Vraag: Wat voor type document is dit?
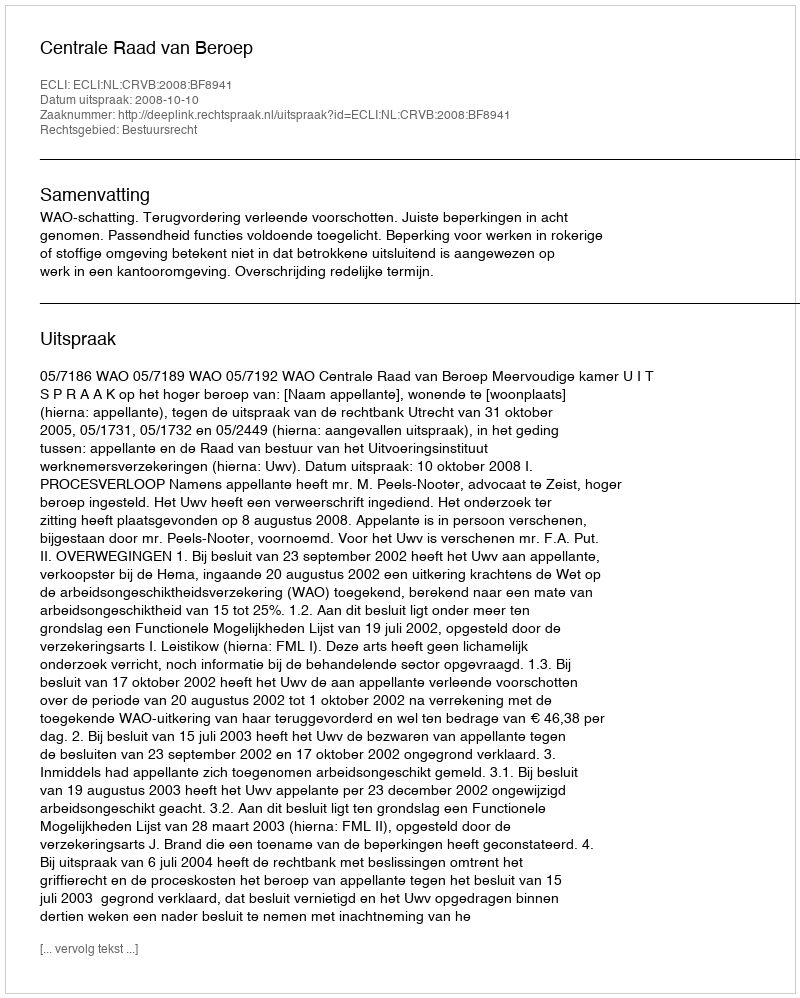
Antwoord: Uitspraak